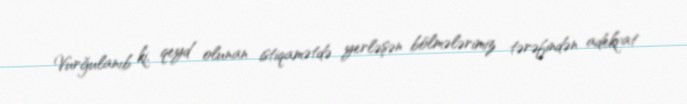
Vurğulanıb ki, qeyd olunan istiqamətdə yerləşən bölmələrimiz tərəfindən adekvat